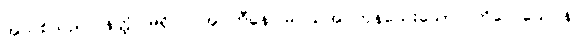
အသစ်သည်။ နတ္ထိ၊ မရှိပါ။ အပ္ပဟီနေ၊ မပယ်အပ်ကုန်သေးသော။ ကိလေသေပန၊